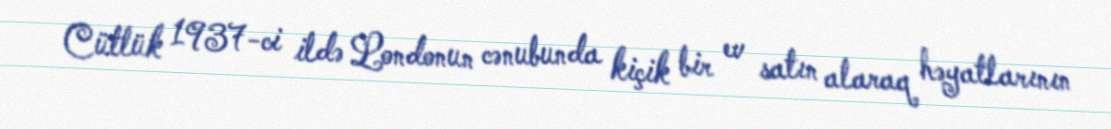
Cütlük 1937-ci ildə Londonun cənubunda kiçik bir ev satın alaraq həyatlarının